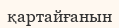
қартайғанын